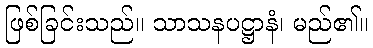
ဖြစ်ခြင်းသည်။ သာသနပဋ္ဌာနံ၊ မည်၏။